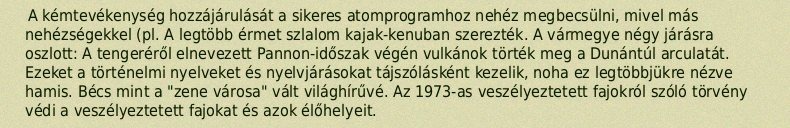
A kémtevékenység hozzájárulását a sikeres atomprogramhoz nehéz megbecsülni, mivel más nehézségekkel (pl. A legtöbb érmet szlalom kajak-kenuban szerezték. A vármegye négy járásra oszlott: A tengeréről elnevezett Pannon-időszak végén vulkánok törték meg a Dunántúl arculatát. Ezeket a történelmi nyelveket és nyelvjárásokat tájszólásként kezelik, noha ez legtöbbjükre nézve hamis. Bécs mint a "zene városa" vált világhírűvé. Az 1973-as veszélyeztetett fajokról szóló törvény védi a veszélyeztetett fajokat és azok élőhelyeit.